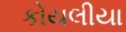
કોયલીયા